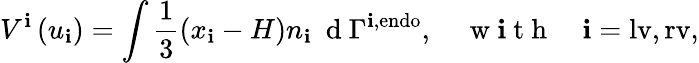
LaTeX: V^{\mathbf{i}}\left(u_{\mathbf{i}}\right)=\int\frac{{1}}{{3}}\left(x_{\mathbf{i}}-H\right)n_{\mathbf{i}}\ \mathrm{{~d~}}\Gamma^{\mathbf{i},\mathrm{{{endo}}}},\quad\mathrm{{~w~\mathbf{i}~t~h~}}\quad\mathbf{i}=\mathrm{{{lv},\mathrm{{{rv},}}}}